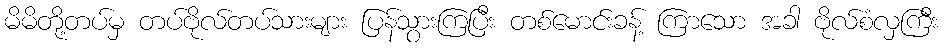
မိမိတို့တပ်မှ တပ်ဗိုလ်တပ်သားများ ပြန်သွားကြပြီး တစ်မောင်းခန့် ကြာသော အခါ ဗိုလ်စံလှကြီး